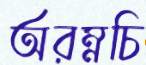
অরম্নচি